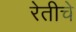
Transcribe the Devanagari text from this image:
रेतीचे